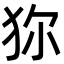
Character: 狝